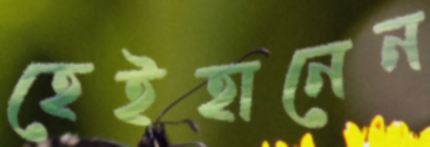
হেইহানেন